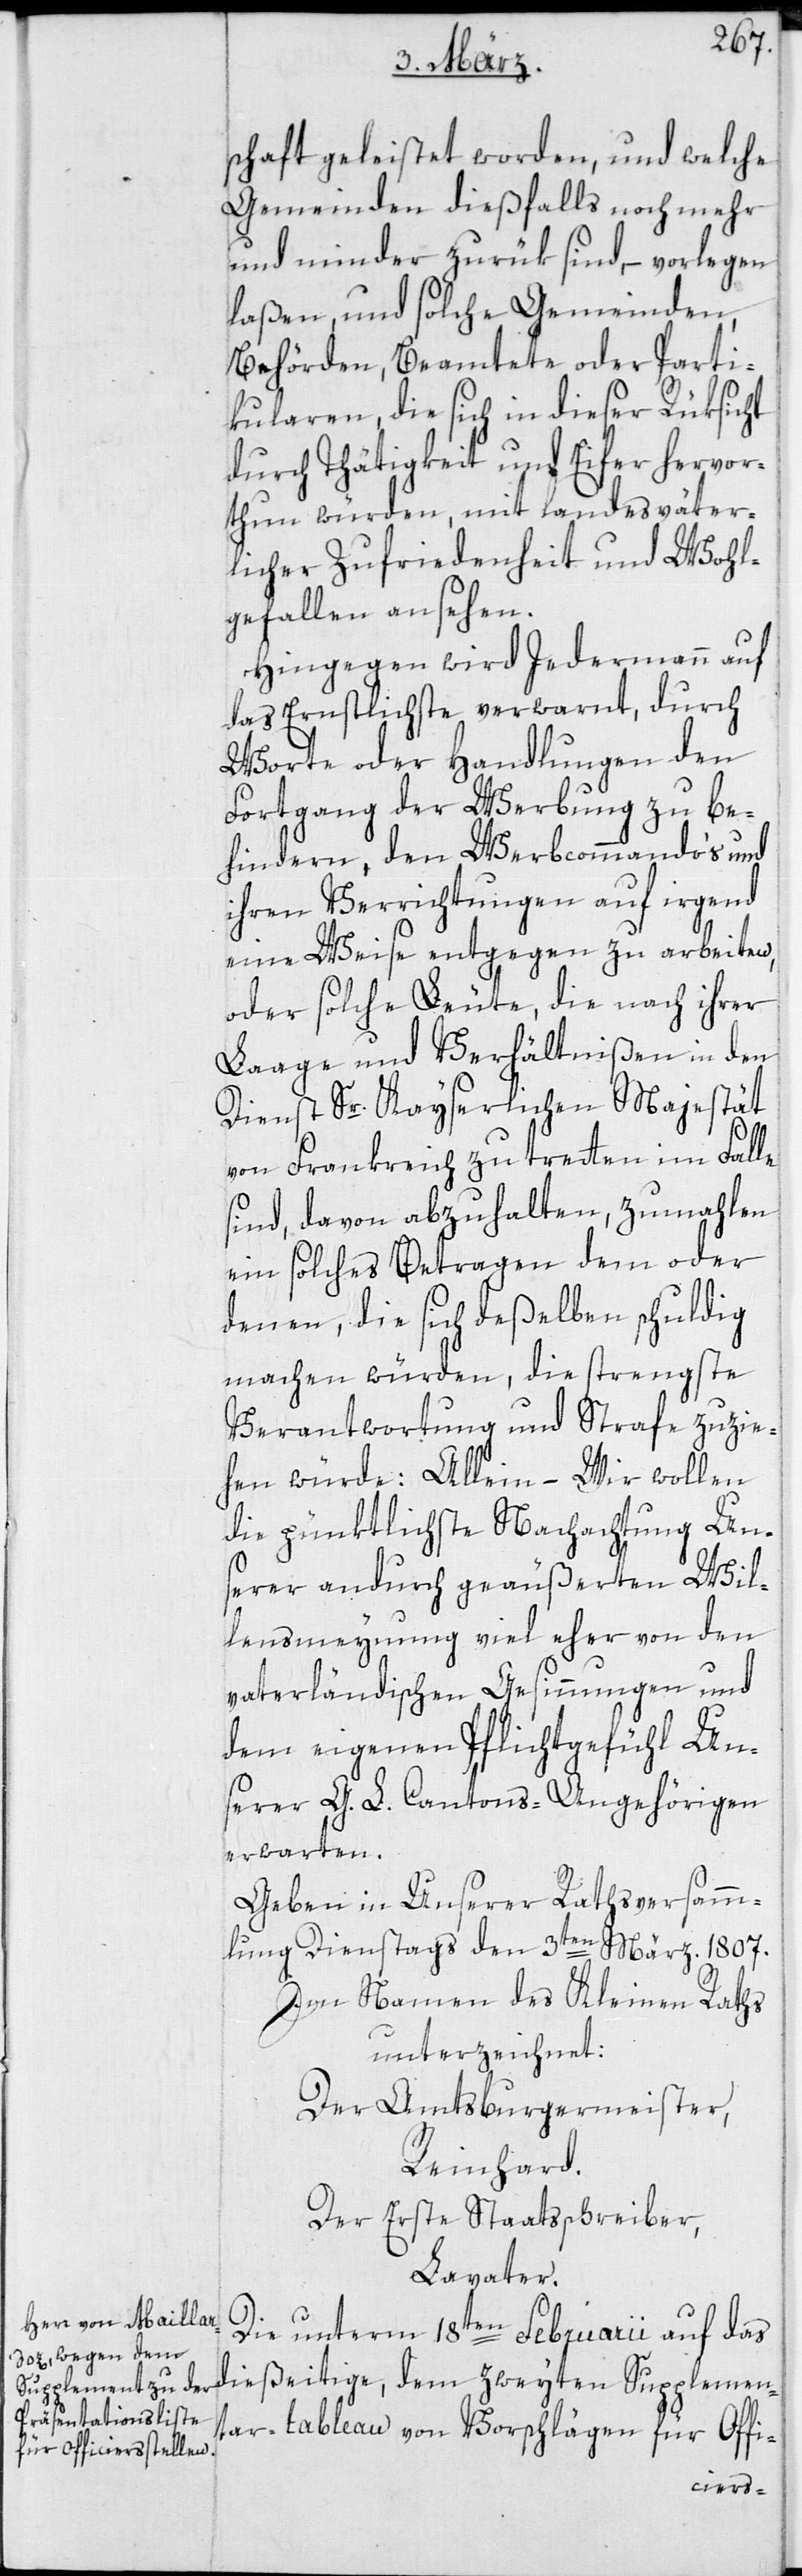
schaft geleistet worden, und welche
Gemeinden dießfalls noch mehr
und minder zurük sind, – vorlegen
laßen, und solche Gemeinden,
Behörden, Beamtete oder Parti¬
cularen, die sich in dieser Rüksicht
durch Tätigkeit und Eifer hervor¬
thun würden, mit landesväter¬
licher Zufriedenheit und Wohl¬
gefallen ansehen.
Hingegen wird Jedermann auf
das Ernstlichste verwarnt, durch
Worte oder Handlungen den
Fortgang der Werbung zu be¬
hindern, den Werbcommandos und
ihren Verrichtungen auf irgend
eine Weise entgegen zu arbeiten,
oder solche Leute, die nach ihrer
Laage und Verhältnißen in den
Dienst Sr. Kayserlichen Majestät
von Frankreich zu treten im Falle
sind, davon abzuhalten, zumahlen
ein solches Betragen dem oder
denen, die sich deßelben schuldig
machen würden, die strengste
Verantwortung und Strafe zuzie¬
hen würde: Allein – Wir wollen
die pünktlichste Nachachtung Un¬
serer andurch geäußerten Wil¬
lensmeynung viel eher von den
vaterländischen Gesinnungen und
dem eigenen Pflichtgefühl Un¬
serer G. L. Cantons-Angehörigen
erwarten.
Geben in Unserer Rathsversamm¬
lung, Dienstags den 3ten März. 1807.
Im Namen des Kleinen Raths
unterzeichnet:
Der Amtsburgermeister,
Reinhard.
Der erste Staatsschreiber,
Lavater.
Die unterm 18ten Februarii auf das
dießeitige, dem zweyten Supplemen¬
tar-tableau von Vorschlägen für Offi-